Annual report of the Central Committee of the Association together with the report of the directors of the Pasteur Institute at Kasauli
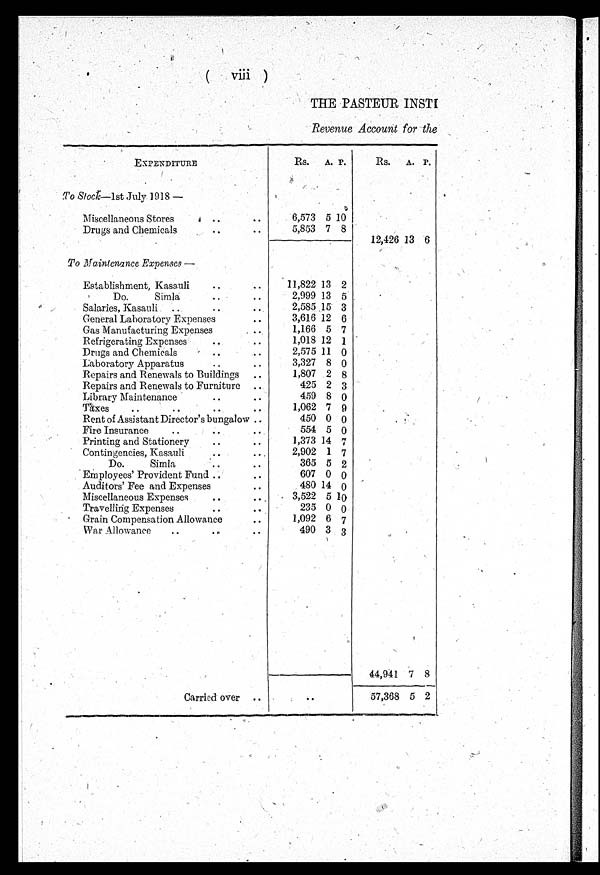
( viii )
THE PASTEUR INSTI
Revenue Account for the
EXPENDITURE
Rs.
A. P.
Rs.
A. P.
To Stock
—1st ,July 1918 —
Miscellaneous Stores
. . .. ..
6,573 5 10
Drugs and Chemicals
..
..
5,853 7 8
12,426 13 6
To Maintenance Expenses —
Establishment, Kasauli
..
11,822 13 2
Do. Simla
. .
2,999 13 5
Salaries, Kasauli
...
2,585 15 3
General Laboratory Expenses
.. •
3,616 12 6
Gas Manufacturing Expenses ..
1,166 5 7
Refrigerating Expenses
.. ..
1,018 12 1
Drugs and Chemicals
..
..
2,575 11 0
Laboratory Apparatus
..
..
3,327 8 0
Repairs and Renewals to Buildings
.. .
1,807 2 8
Repairs and Renewals to Furniture ..
425 2 3
Library Maintenance
..
..
459 8 0
Taxes ...
..
..
..
1,062 7 9
Rent of Assistant Director's bungalow ..
450 0
Fire Insurance..
. . .
554 5 0
Printing and Stationery
..
..
1,373 14 7
Contingencies, Kasauli
..
2,902 1 7
Do. Simla
..
..
365 5 2
Employees' Provident Fund ..
. .
607 0 0
Auditors' Fee and Expenses..
4 8 0 14 0
Miscellaneous Expenses
..
..
3,522 5 10
Travelling Expenses
..
..
235 0 0
Grain Compensation Allowance
..
1,092 6 7
War Allowance.. ..
490 3 3
44,941 7
8
Carried over
. .
..
57,368 5 2